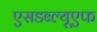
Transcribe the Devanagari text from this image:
एसडब्ल्यूएफ